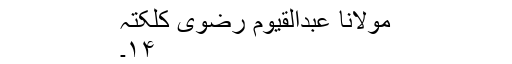
مولانا عبدالقیوم رضوی کلکتہ
۱۴۔